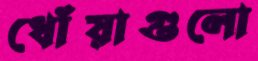
ধোঁয়াগুলো